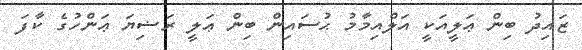
ޒައިދު ބިން ޢަލީއަކީ އަލްއިމާމު ޙުސައިން ބިން ޢަލީ ރަޟިޔަ ޢަންހުގެ ކާފަ